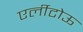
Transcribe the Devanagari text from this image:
एर्लीटोऊ